Annual report of the Punjab Veterinary College and of the Civil Veterinary Department, Punjab - 1909-1919
Year: 1909
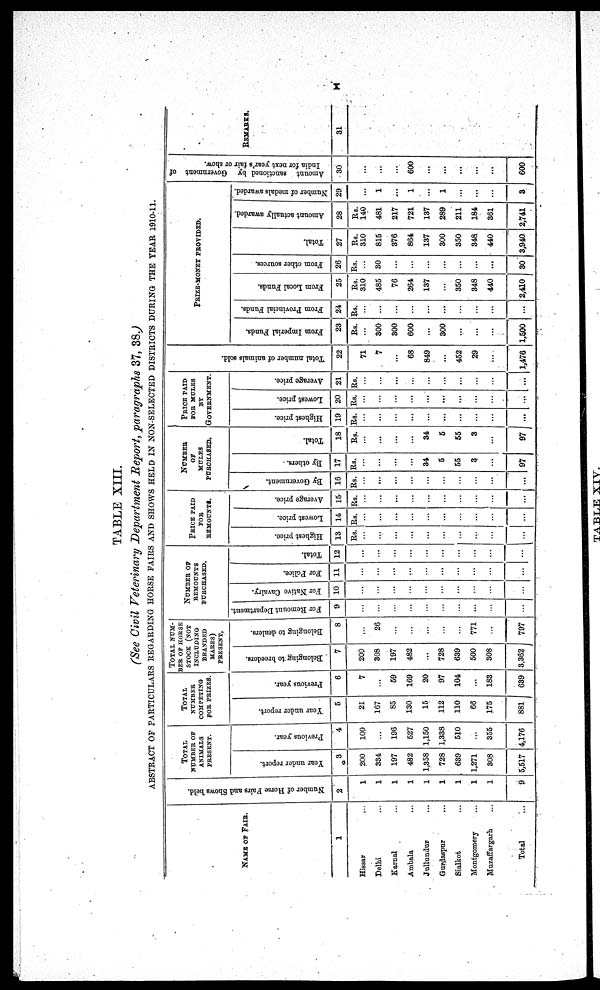
x
TABLE XIII.
(See Civil Veterinary Department Report, paragraphs 37, 38.)
ABSTRACT OF PARTICULARS REGARDING HORSE FAIRS AND SHOWS HELD IN NON-SELECTED DISTRICTS DURING THE YEAR 1910-11.
NAME OF FAIR.
1
Hissar ...
Delhi ...
Karnal ...
Ambala ...
Jullundur ...
Gurdaspur ...
Sialkot ...
Montgomery ...
Muzaffargarh ...
Total ...
Number of Horse Fairs and Shows held.
2
1
1
1
1
1
1
1
1
1
9
TOTAL
NUMBER OF
ANIMALS
PRESENT.
Year under report.
3
200
334
197
482
1,358
728
639
1,271
308
5,517
Previous year.
4
100
...
196
527
1,150
1,338
510
...
355
4,176
TOTAL
NUMBER
COMPETING
FOR PRIZES.
Year under report.
5
21
167
85
130
15
112
110
66
175
881
Previous year.
6
7
...
59
169
20
97
104
...
183
639
TOTAL NUM-
--- OF HORSE
STOCK (NOT
INCLUDING
BRANDED
MARES)
PRESENT.
Belonging to breeders.
7
200
308
197
482
...
728
639
500
308
3,362
Belonging to dealers.
8
...
26
...
...
...
...
...
771
...
797
NUMBER OF
REMOUNTS
PURCHASED.
For Remount Department.
9
...
...
...
...
...
...
...
...
...
...
For Native Cavalry.
10
...
...
...
...
...
...
...
...
...
...
For Police.
11
...
...
...
...
...
...
...
...
...
...
Total.
12
...
...
...
...
...
...
...
...
...
...
PRICE PAID
FOR
REMOUNTS.
Highest price.
13
Rs.
...
...
...
...
...
...
...
...
...
...
Lowest price.
14
Rs.
...
...
...
...
...
...
...
...
...
...
Average price.
15
Rs.
...
...
...
...
...
...
...
...
...
...
NUMBER
OF
MULES
PURCHASED.
By Government.
16
Rs.
...
...
...
...
...
...
...
...
...
...
By others.
17
Rs.
...
...
...
...
34
5
55
3
...
97
Total.
18
Rs.
...
...
...
...
34
5
55
3
...
97
PRICE PAID
FOR MULES
BY
GOVERNMENT.
Highest price.
19
Rs.
...
...
...
...
...
...
...
...
...
...
Lowest price.
20
Rs.
...
...
...
...
...
...
...
...
...
...
Average price.
21
Rs.
...
...
...
...
...
...
...
...
...
...
Total number of animals sold.
22
...
71
7
...
68
849
...
452
29
...
1,476
PRIZES-MONEY PROVIDED.
From Imperial Funds.
23
Rs.
...
300
300
600
...
300
...
...
...
1,500
From Provincial Funds.
24
Rs.
...
...
...
...
...
...
...
...
...
...
From Local Funds.
25
Rs.
310
485
76
264
137
...
350
348
440
2,410
From other sources.
26
Rs.
...
30
...
...
...
...
...
...
...
30
Total.
27
Rs.
310
815
376
864
137
300
350
348
440
3,940
Amount actually awarded.
28
Rs.
140
481
217
721
137
289
211
184
361
2,741
Number of medals awarded.
29
...
1
...
1
...
1
...
...
...
3
Amount sanctioned by Government of
India for next year's fair or show.
30
...
...
...
600
...
...
...
...
...
600
REMARKS.
31